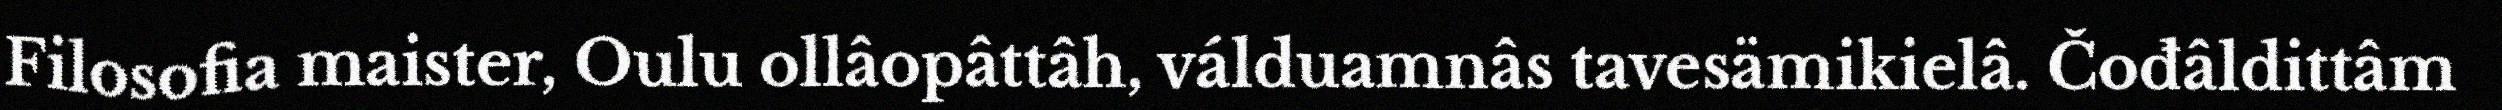
Filosofia maister, Oulu ollâopâttâh, válduamnâs tavesämikielâ. Čođâldittâm